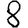
Digit: 8